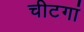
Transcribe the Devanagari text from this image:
चीटगां